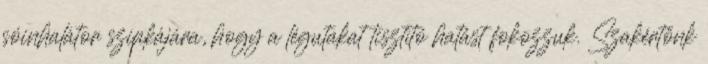
sóinhalátor szipkájára, hogy a légutakat tisztító hatást fokozzuk. Szakértőnk